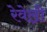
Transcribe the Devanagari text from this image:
रेवेल्री